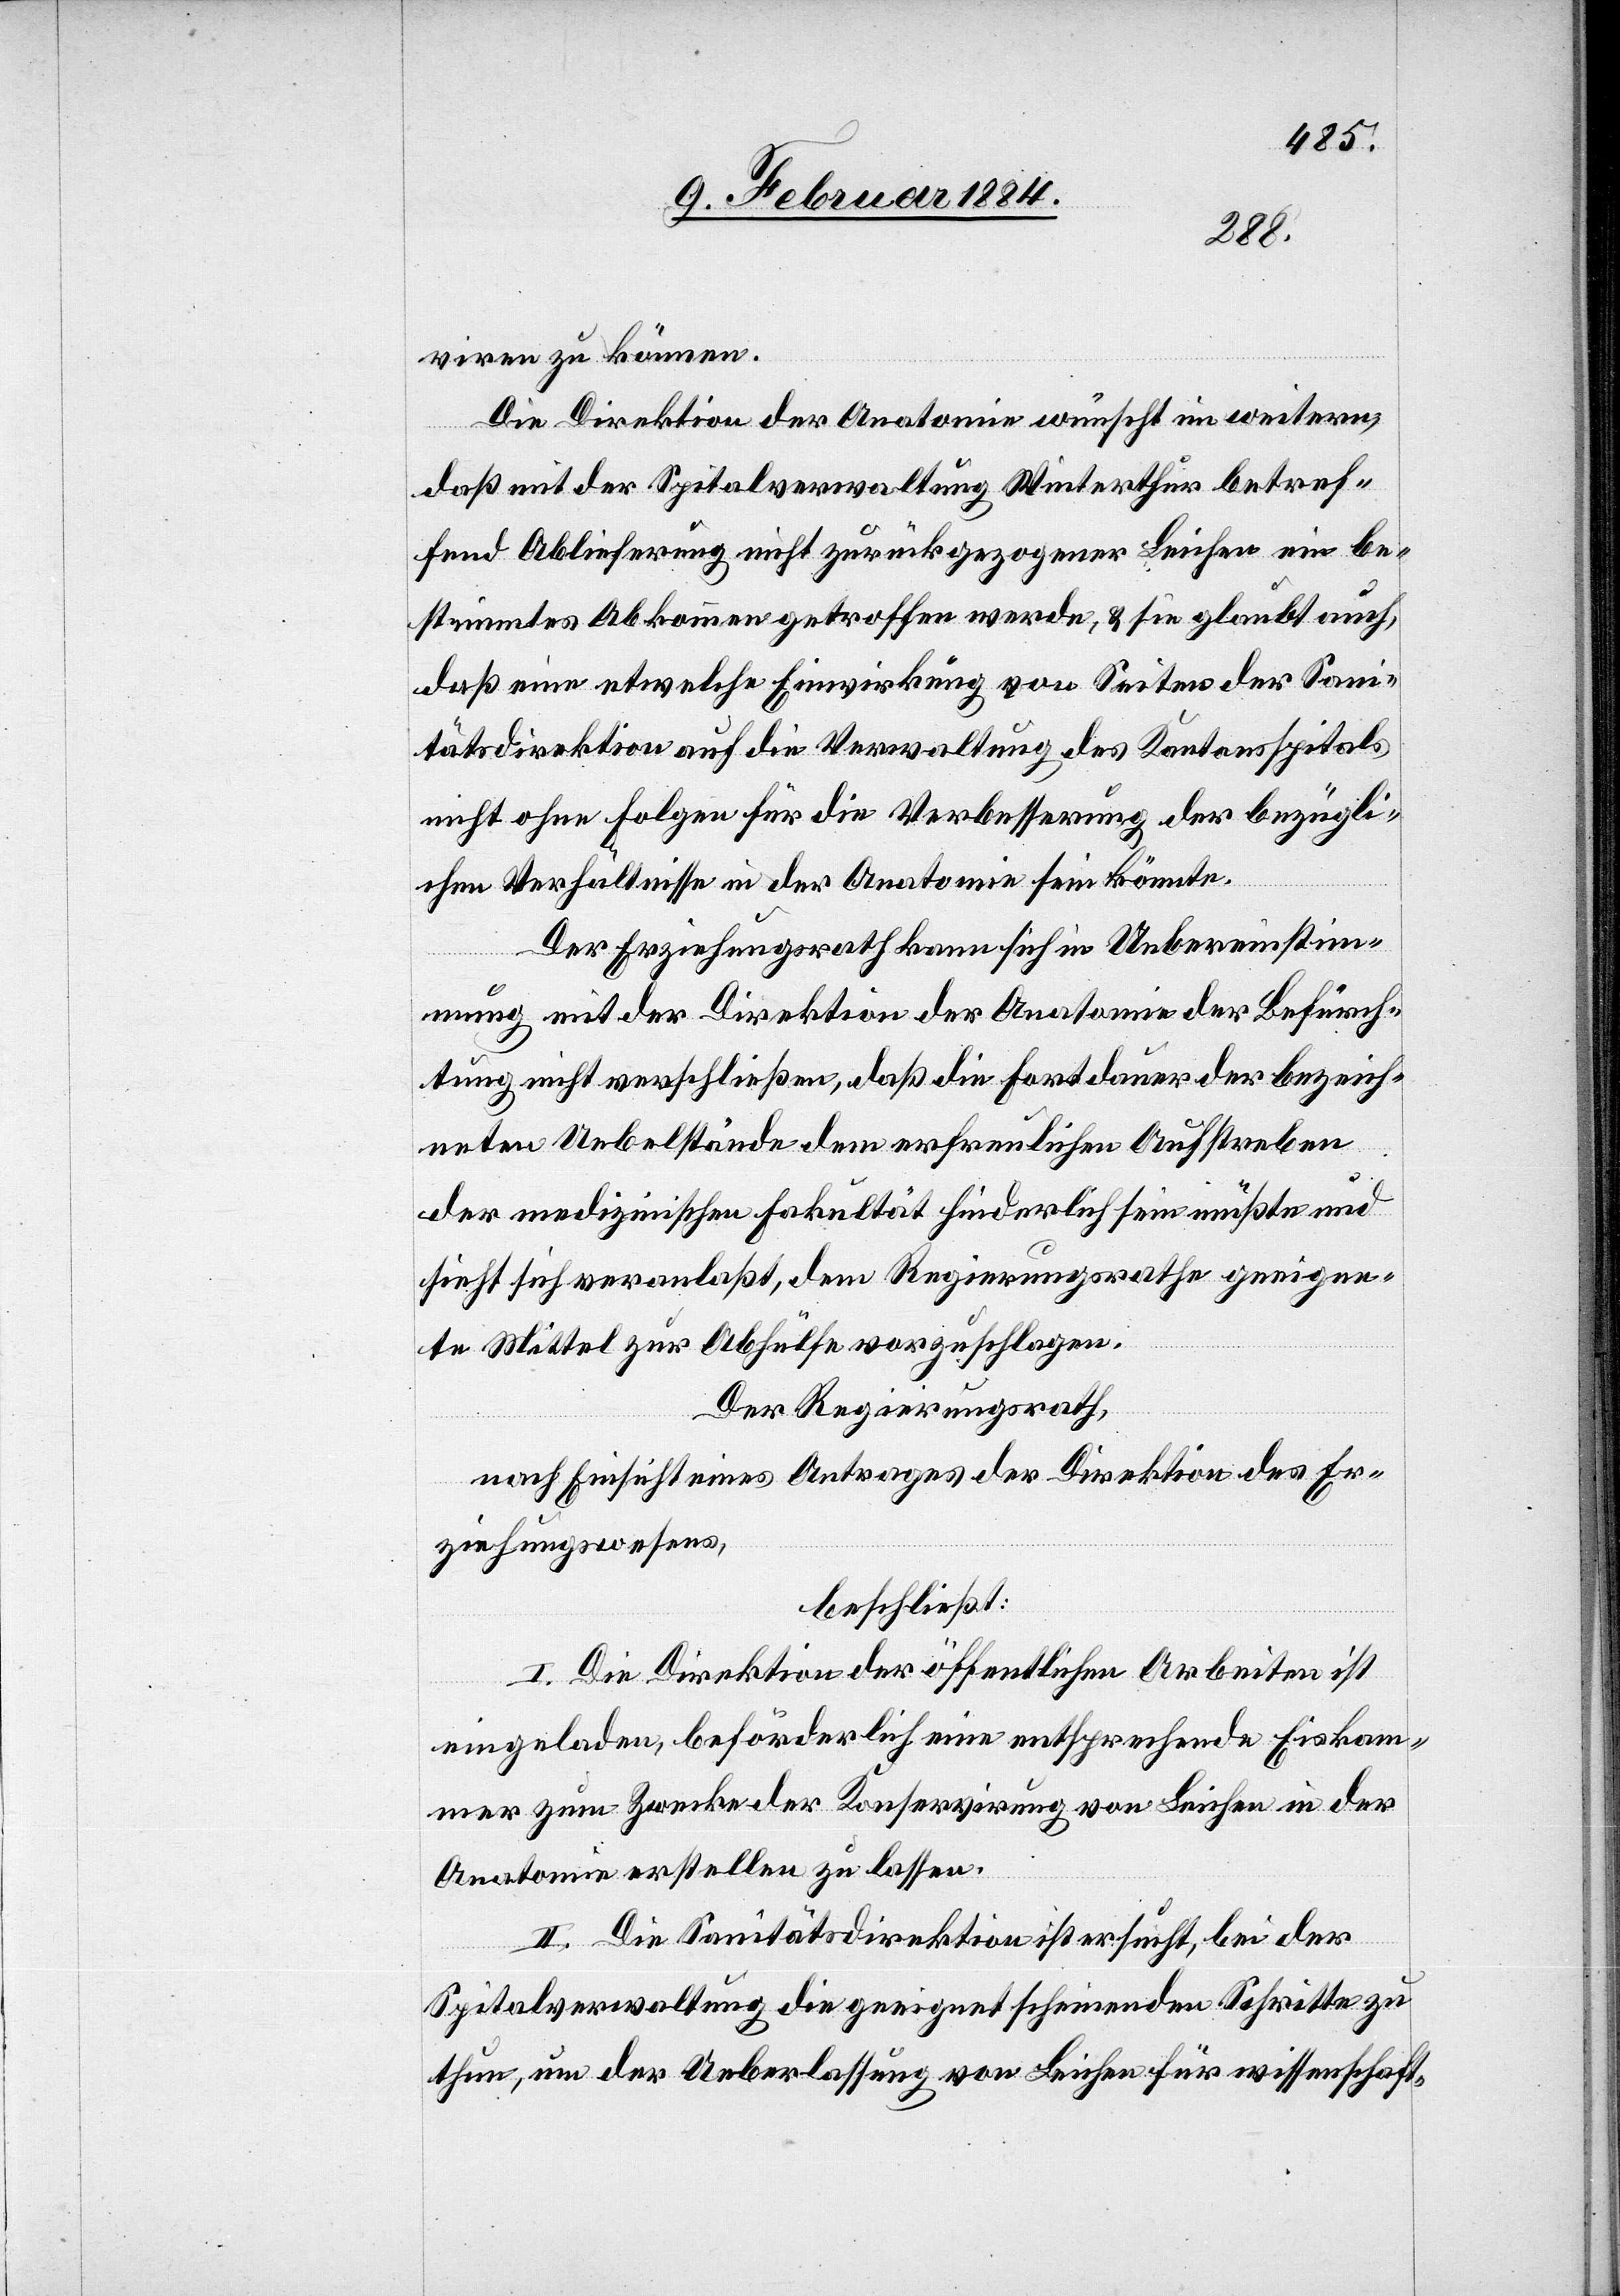
viren zu können.
Die Direktion der Anatomie wünscht im weitern,
daß mit der Spitalverwaltung Winterthur betref¬
fend Ablieferung nicht zurückgezogener Leichen ein be¬
stimmtes Abkommen getroffen werde, & sie glaubt auch,
daß eine etwelche Einwirkung von Seiten der San¬
itätsdirektion auf die Verwaltung des Kantonsspitals
nicht ohne Folgen für die Verbesserung der bezügli¬
chen Verhältnisse in der Anatomie sein könnte.
Der Erziehungsrath kann sich in Uebereinstim¬
mung mit der Direktion der Anatomie der Befürch¬
tung nicht verschließen, daß die Fortdauer der bezeich¬
neten Uebelstände dem erfreulichen Aufstreben
der medizinischen Fakultät hinderlich sein müßte und
sieht sich veranlaßt, dem Regierungsrathe geeigne¬
te Mittel zur Abhülfe vorzuschlagen.
Der Regierungsrath,
nach Einsicht eines Antrages der Direktion des Er¬
ziehungswesens,
beschließt:
I. Die Direktion der öffentlichen Arbeiten ist
eingeladen, beförderlich eine entsprechende Eiskam¬
mer zum Zwecke der Konservirung von Leichen in der
Anatomie erstellen zu lassen.
II. Die Sanitätsdirektion ist ersucht, bei der
Spitalverwaltung die geeignet scheinenden Schritte zu
thun, um der Ueberlassung von Leichen für wissenschaft-